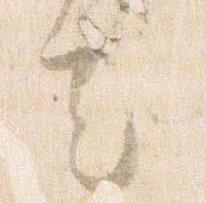
去